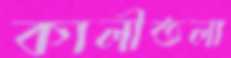
কালীতলা